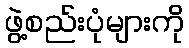
ဖွဲ့စည်းပုံများကို